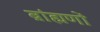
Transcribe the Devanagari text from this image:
ब्रांह्मणों